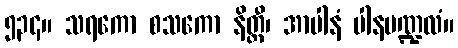
၅၃၄။ သရကော စသကော နိတ္ထီ၊ အာပါနံ ပါနမဏ္ဍလံ။